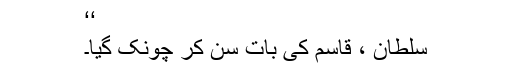
‘‘
سلطان ، قاسم کی بات سن کر چونک گیا۔